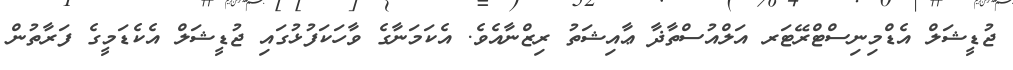
ޖުޑީޝަލް އެޑްމިނިސްޓްރޭޓަރ އަލްއުސްތާޛާ ޢާއިޝަތު ރިޒްނާއެވެ. އެކަމަނާގެ ވާހަކަފުޅުގައި ޖުޑީޝަލް އެކެޑަމީގެ ފަރާތުން